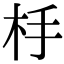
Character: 杽